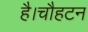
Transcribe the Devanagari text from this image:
है।चौहटन